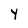
Character: Y